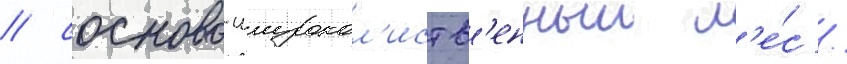
/ сосново-широкол'иств'енныи л'е́с /